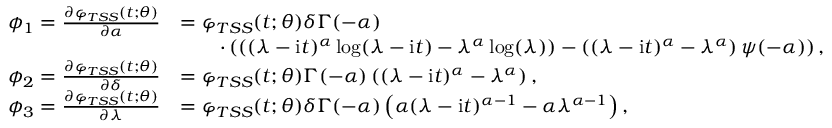
\begin{array} { r l } { \phi _ { 1 } = \frac { \partial \varphi _ { T S S } ( t ; \theta ) } { \partial \alpha } } & { = \varphi _ { T S S } ( t ; \theta ) \delta \Gamma ( - \alpha ) } \\ & { \qquad \cdot \left( \left( ( \lambda - \mathrm { i } t ) ^ { \alpha } \log ( \lambda - \mathrm { i } t ) - \lambda ^ { \alpha } \log ( \lambda ) \right) - \left( ( \lambda - \mathrm { i } t ) ^ { \alpha } - \lambda ^ { \alpha } \right) \psi ( - \alpha ) \right) , } \\ { \phi _ { 2 } = \frac { \partial \varphi _ { T S S } ( t ; \theta ) } { \partial \delta } } & { = \varphi _ { T S S } ( t ; \theta ) \Gamma ( - \alpha ) \left( ( \lambda - \mathrm { i } t ) ^ { \alpha } - \lambda ^ { \alpha } \right) , } \\ { \phi _ { 3 } = \frac { \partial \varphi _ { T S S } ( t ; \theta ) } { \partial \lambda } } & { = \varphi _ { T S S } ( t ; \theta ) \delta \Gamma ( - \alpha ) \left( \alpha ( \lambda - \mathrm { i } t ) ^ { \alpha - 1 } - \alpha \lambda ^ { \alpha - 1 } \right) , } \end{array}